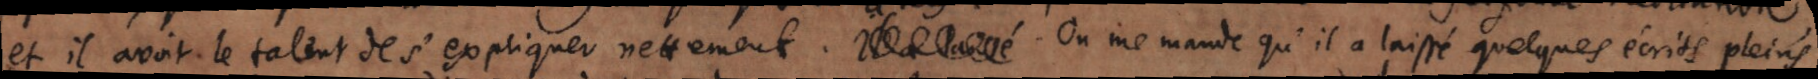
et il avoit le talent de s’expliquer nettement. Il a laissé] On me mande qu’il a laissé quelques écrits pleins